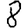
Digit: 8